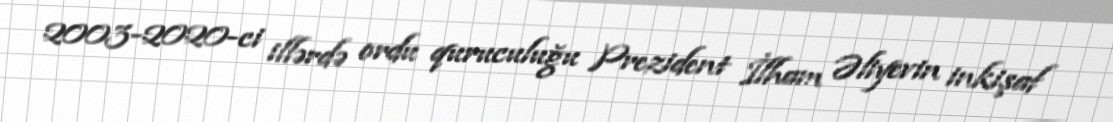
2003-2020-ci illərdə ordu quruculuğu Prezident İlham Əliyevin inkişaf